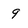
Character: 9